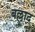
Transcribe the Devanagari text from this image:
बल्लाद